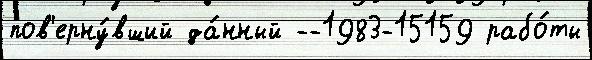
пов'ерну́вший да́нный --1983-15159 рабо́ты